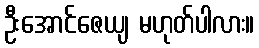
ဦးအောင်ဇေယျ မဟုတ်ပါလား။